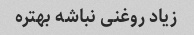
زیاد روغنی نباشه بهتره